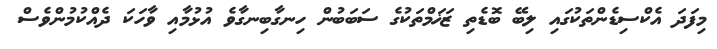
މިފަދަ އެކްސިޑެންތަކުގައި ލިބޭ ބޮޑެތި ޒަޚަމްތަކުގެ ސަބަބުން ހިނގާބިނގާވެ އުޅުމާއި ވާހަކަ ދެއްކުމުންވެސް